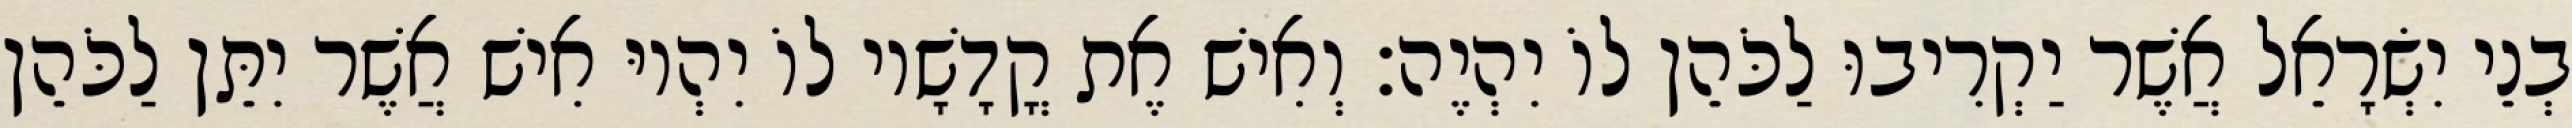
בְנֵי יִשְׂרָאֵל אֲשֶׁר יַקְרִיבוּ לַכֹּהֵן לוֹ יִהְיֶה׃ וְאִישׁ אֶת קֳדָשָׁיו לוֹ יִהְיוּ אִישׁ אֲשֶׁר יִתֵּן לַכֹּהֵן